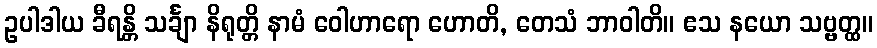
ဥပါဒါယ ခီရန္တိ သင်္ချာ နိရုတ္တိ နာမံ ဝေါဟာရော ဟောတိ, တေသံ ဘာဝါတိ။ ဧသ နယော သဗ္ဗတ္ထ။